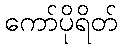
ကော်ပိုရိတ်